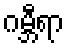
ဂမ္ဘီရာ